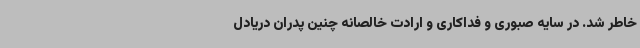
خاطر شد. در سایه صبوری و فداکاری و ارادت خالصانه چنین پدران دریادل